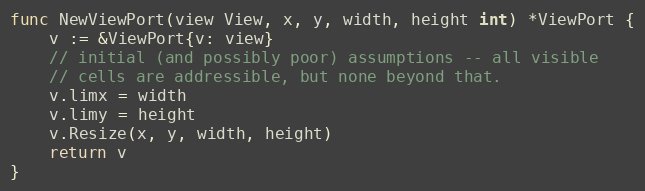
Language: Go
func NewViewPort(view View, x, y, width, height int) *ViewPort {
	v := &ViewPort{v: view}
	// initial (and possibly poor) assumptions -- all visible
	// cells are addressible, but none beyond that.
	v.limx = width
	v.limy = height
	v.Resize(x, y, width, height)
	return v
}